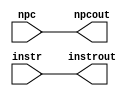
// Lab #1: Instruction Fetch Stage


`timescale 1ns / 1ps

module if_id (
   output reg [31:0] instrout,       // Output of IF/ID Instruction Register
                       npcout,       // Output of IF/ID NPC Register
   input wire [31:0]    instr,       // Input of IF/ID Instruction Register
                          npc        // Input of IF/ID NPC Register
   );
   initial begin
      instrout <= 0;
      npcout   <= 0;
   end
   always @* begin
      #1 instrout <= instr;
           npcout <= npc;
   end
endmodule // if_id